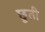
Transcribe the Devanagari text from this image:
छुती